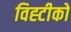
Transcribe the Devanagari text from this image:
विह्टीको